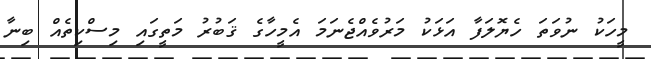
މީހަކު ނުވަތަ ހެޔޮލަފާ އަޅަކު މަރުވެއްޖެނަމަ އެމީހާގެ ޤަބުރު މަތީގައި މިސްކިތެއް ބިނާ